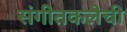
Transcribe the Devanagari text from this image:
संगीतकलेची